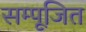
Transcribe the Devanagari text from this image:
सम्पूजित